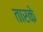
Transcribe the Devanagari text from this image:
तारके